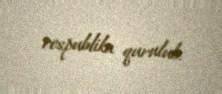
respublika qurulub.